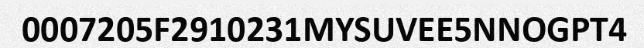
0007205F2910231MYSUVEE5NNOGPT4